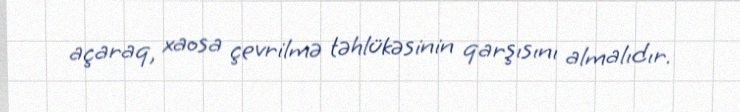
açaraq, xaosa çevrilmə təhlükəsinin qarşısını almalıdır.